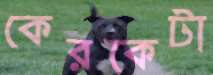
কেরকেটা